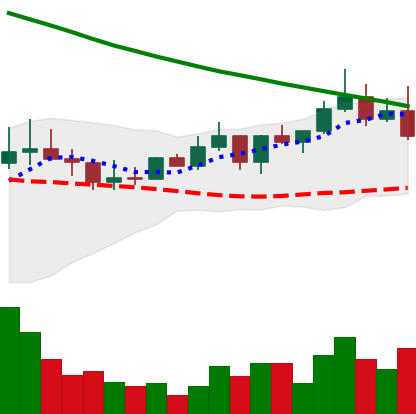
Ticker: ADA-USD
Chart end date: 2022-08-17
Forward return: -14.076%
Label: down_7plus